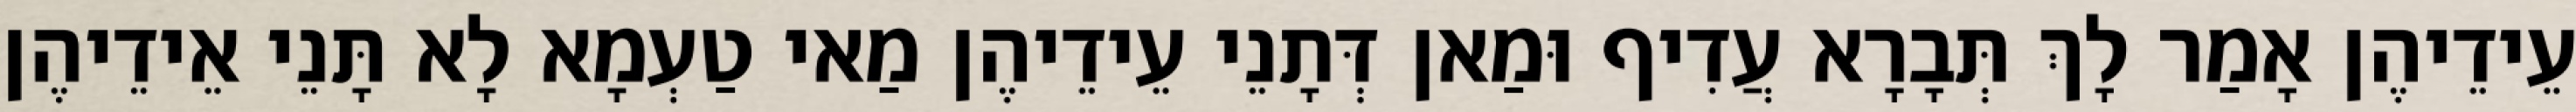
עֵידֵיהֶן אָמַר לָךְ תְּבָרָא עֲדִיף וּמַאן דְּתָנֵי עֵידֵיהֶן מַאי טַעְמָא לָא תָּנֵי אֵידֵיהֶן